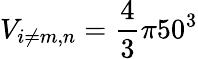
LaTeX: V_{i\neq m,n}=\frac{4}{3}\pi 50^{3}